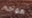
هوجم